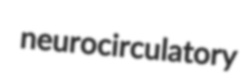
neurocirculatory